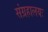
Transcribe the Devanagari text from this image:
संग्रहालयः